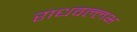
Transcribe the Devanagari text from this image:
राधवल्लभ